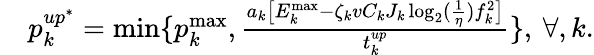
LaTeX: \begin{array}{rl}&{p_{k}^{up^{*}}=\operatorname*{min}\{ p_{k}^{\operatorname*{max}},\frac{a_{k}\big[{{E}}_{k}^{\operatorname*{max}}-\zeta_{k}vC_{k}J_{k}\log_{2}(\frac{1}{\eta})f_{k}^{2}\big]}{t_{k}^{up}}\} ,\: \forall,k.}\end{array}